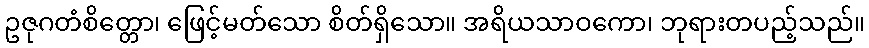
ဥဇုဂတံစိတ္တော၊ ဖြေင့်မတ်သော စိတ်ရှိသော။ အရိယသာဝကော၊ ဘုရားတပည့်သည်။